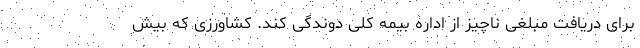
برای دریافت مبلغی ناچیز از اداره بیمه کلی دوندگی کند. کشاورزی که بیش